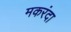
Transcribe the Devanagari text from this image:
मकरंदा